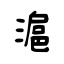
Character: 滬